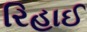
રિહાઈ